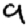
Digit: 9